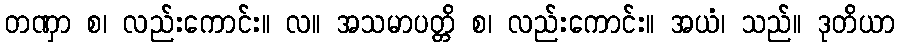
တဏှာ စ၊ လည်းကောင်း။ လ။ အသမာပတ္တိ စ၊ လည်းကောင်း။ အယံ၊ သည်။ ဒုတိယာ